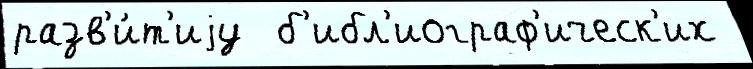
разв'и́т'иjу  б'ибл'иограф'ическ'их